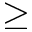
\geq